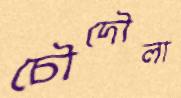
চৌদৌলা